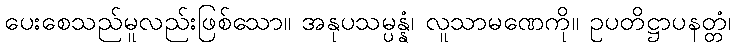
ပေးစေသည်မူလည်းဖြစ်သော။ အနုပသမ္ပန္နံ၊ လူသာမဏေကို။ ဥပတိဋ္ဌာပနတ္တံ၊